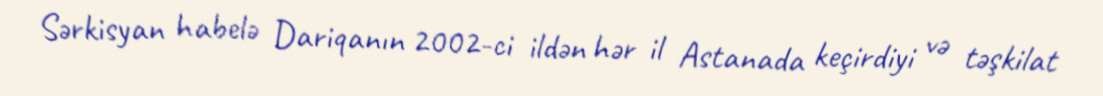
Sərkisyan habelə Dariqanın 2002-ci ildən hər il Astanada keçirdiyi və təşkilat